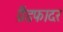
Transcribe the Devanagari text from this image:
ग्रैंडफादर